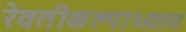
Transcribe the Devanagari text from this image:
रेवतीकल्पाध्याय